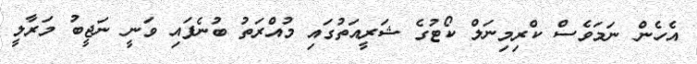
އެހެން ނަމަވެސް ކްރިމިނަލް ކޯޓުގެ ޝަރީއަތުގައި މުއްރަތު ބުނެފައި ވަނީ ނަޖީބު މަރާލީ